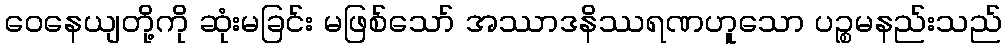
ဝေနေယျတို့ကို ဆုံးမခြင်း မဖြစ်သော် အဿာဒနိဿရဏဟူသော ပဉ္စမနည်းသည်